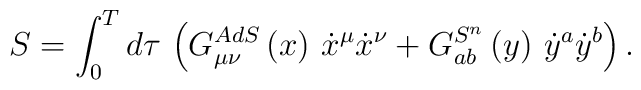
S=\int_0^Td\tau \,\left( G_{\mu \nu }^{AdS}\left( x\right) \,\dot{x}^\mu \dot{x}^\nu +G_{ab}^{S^n}\left( y\right) \,\dot{y}^a\dot{y}^b\right) .